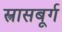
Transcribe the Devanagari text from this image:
स्त्रासबूर्ग